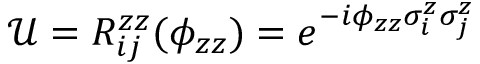
\mathcal { U } = R _ { i j } ^ { z z } ( \phi _ { z z } ) = e ^ { - i \phi _ { z z } \sigma _ { i } ^ { z } \sigma _ { j } ^ { z } }